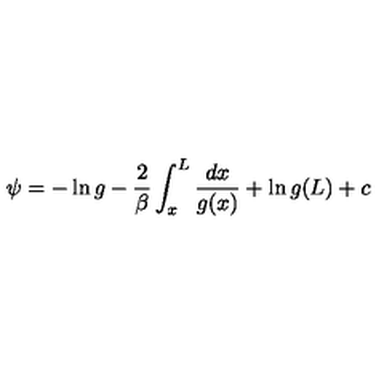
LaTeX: \psi = - \ln g - { \frac { 2 } { \beta } } \int _ { x } ^ { L } { \frac { d x } { g ( x ) } } + \ln g ( L ) + c